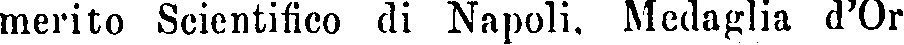
merito Scientifico di Napoli. Medaglia d'Or